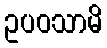
ဥပဝသာမိ